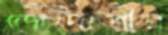
জেন্দাপীর